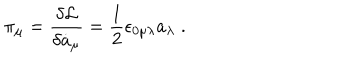
\pi _ { \mu } = \frac { \delta { \cal L } } { \delta \dot { a } _ { \mu } } = \frac { 1 } { 2 } \epsilon _ { 0 \mu \lambda } a _ { \lambda } \; .